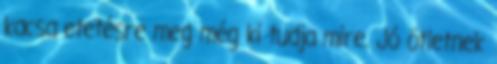
kacsa etetésre meg még ki tudja mire. Jó ötletnek